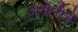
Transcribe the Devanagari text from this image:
अमेठीचे